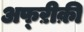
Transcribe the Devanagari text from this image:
अफ्ऱीक़ी